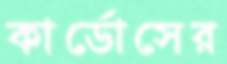
কার্ডোসের